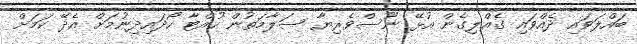
ބައްލަވައި ދެއްވައި ގެއްލިގެން އުޅޭ ނޫސްވެރިޔާ ސަލާމަތުން ހުއްޓާ ހޯދައިދިނުމަށް އެދޭ ކަމަށް